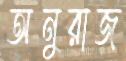
অনুরাজ